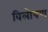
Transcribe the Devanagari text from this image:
विलोपण